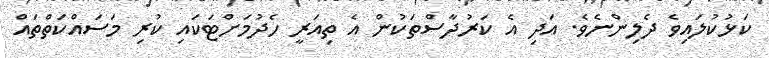
ކަޅުކުލައިވެ ދެލިންނެވެ. އަދި އެ ކަރުދާސްތަކުން އެ ތިއަރީ ހެދުމަށްޓަކައި ކުރި މަސައްކަތްތައް